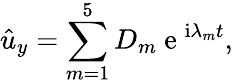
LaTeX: \hat{u}_{y}=\sum_{m=1}^{5}D_{m}\mathrm{~e~}^{\mathrm{i}\lambda_{m}t},